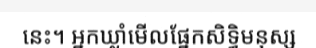
នេះ។ អ្នកឃ្លាំមើលផ្នែកសិទ្ធិមនុស្ស